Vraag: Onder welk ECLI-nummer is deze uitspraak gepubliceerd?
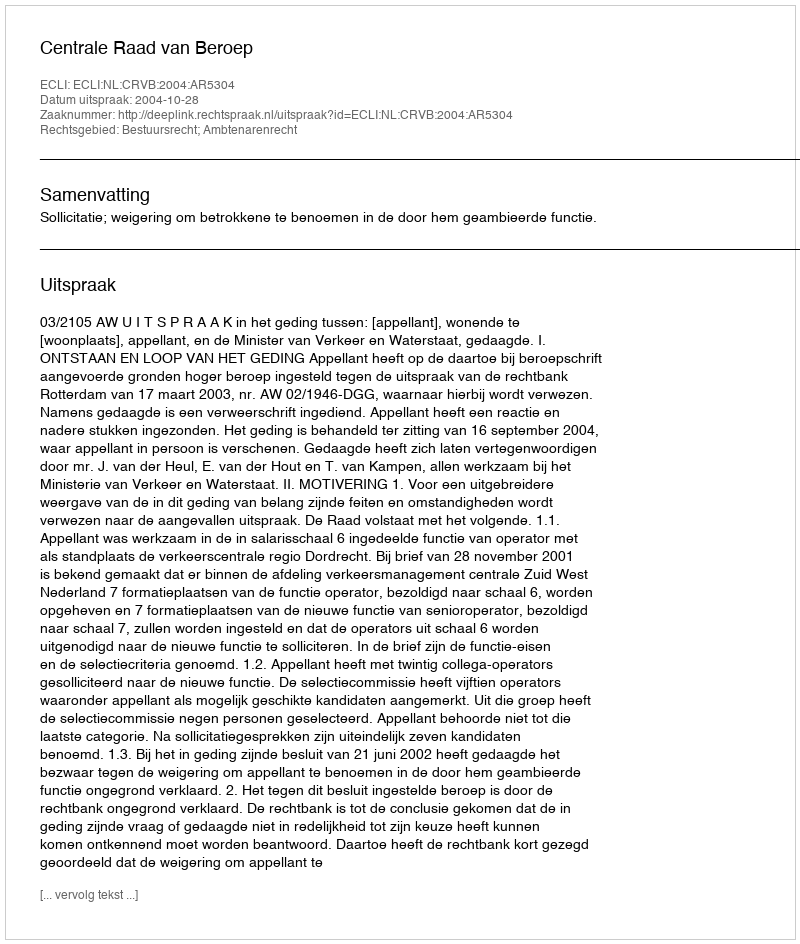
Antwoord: ECLI:NL:CRVB:2004:AR5304